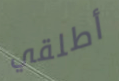
أطلقي